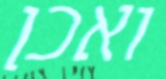
ואכן